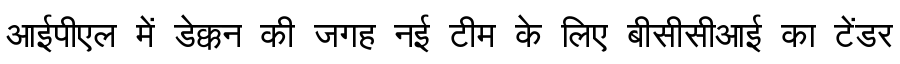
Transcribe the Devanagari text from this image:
आईपीएल में डेक्कन की जगह नई टीम के लिए बीसीसीआई का टेंडर